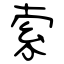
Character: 索